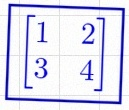
\begin{bmatrix}1&2\\3&4\end{bmatrix}